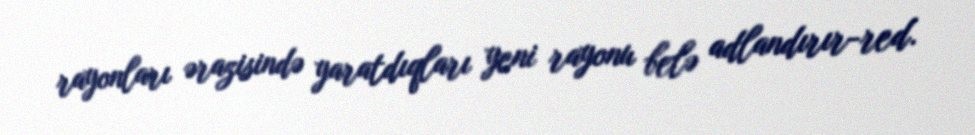
rayonları ərazisində yaratdıqları yeni rayonu belə adlandırır-red.